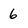
Character: 6